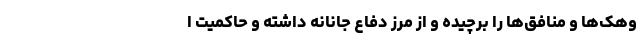
وهک‌ها و منافق‌ها را برچیده و از مرز دفاع جانانه داشته و حاکمیت ا